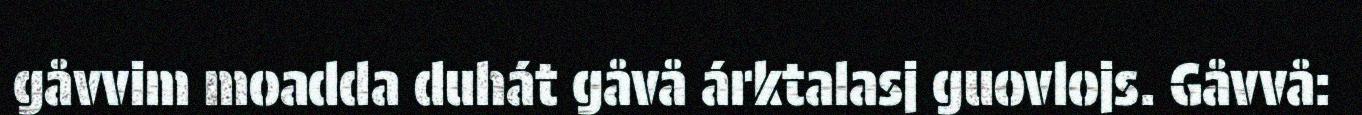
gåvvim moadda duhát gåvå árktalasj guovlojs. Gåvvå: